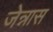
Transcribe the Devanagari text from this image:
जेन्नास